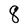
Character: 8